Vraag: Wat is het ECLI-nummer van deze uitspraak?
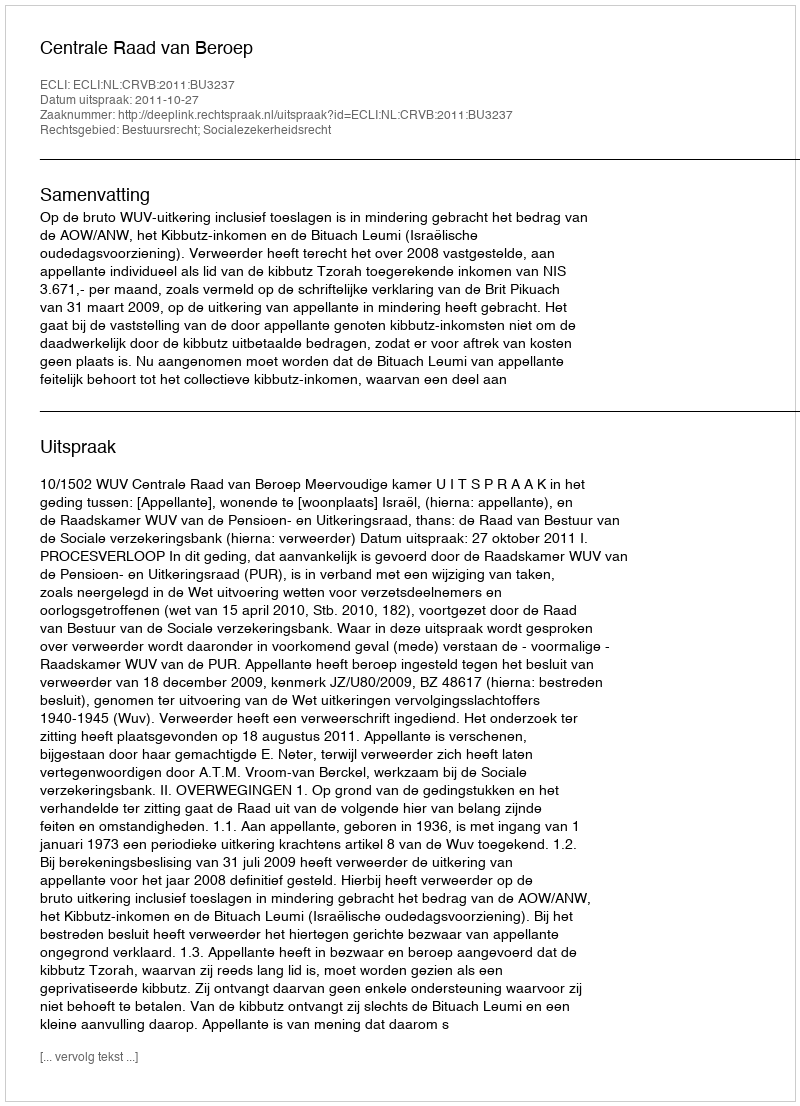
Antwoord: ECLI:NL:CRVB:2011:BU3237